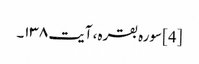
[4] سورہ بقرہ، آیت ۱۳۸۔